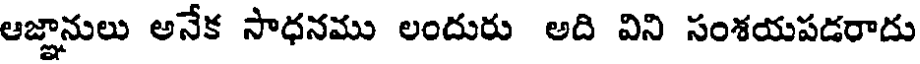
ఆజ్ఞానులు అనేక సాధనము లందురు అది విని సంశయపడరాదు